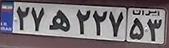
۲۷ه۲۲۷۵۳